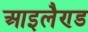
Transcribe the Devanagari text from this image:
आइलैण्‍ड